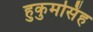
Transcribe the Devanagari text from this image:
हुकुमसिंह